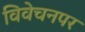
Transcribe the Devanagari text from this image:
विवेचनपर